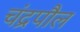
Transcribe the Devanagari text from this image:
चंद्रपौल